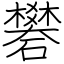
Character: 礬